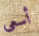
أسعى